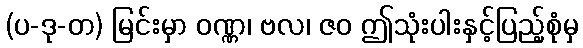
(ပ-ဒု-တ) မြင်းမှာ ဝဏ္ဏ၊ ဗလ၊ ဇဝ ဤသုံးပါးနှင့်ပြည့်စုံမှ